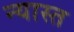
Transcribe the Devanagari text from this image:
न्यास्त